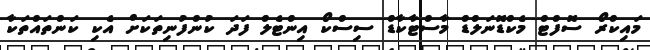
މައިކްރޯ ސޮފްޓް މެކްޑޮނަލްޑް މާސްޓާކާޑް ސިސްކޯ އިންޓެލް ފަދަ ކުންފުނިތަކަށް އެކި ކަންތައްތަކާ